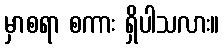
မှာစရာ စကား ရှိပါသလား။